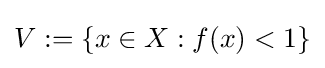
{\textstyle V:=\{x\in X:f(x)<1\}}